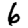
Digit: 6